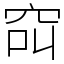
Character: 䆗